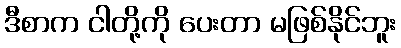
ဒီစာက ငါတို့ကို ပေးတာ မဖြစ်နိုင်ဘူး